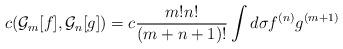
LaTeX: \begin{align*}c({\cal G}_m[f],{\cal G}_n[g]) =c {m! n! \over (m+n+1)!} \int d\sigma f^{(n)} g^{(m+1)}\end{align*}